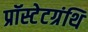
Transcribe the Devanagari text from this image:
प्रॉस्टेटग्रंथि